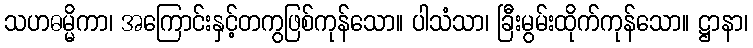
သဟဓမ္မိကာ၊ အကြောင်းနှင့်တကွဖြစ်ကုန်သော။ ပါသံသာ၊ ခြီးမွမ်းထိုက်ကုန်သော။ ဋ္ဌာနာ၊